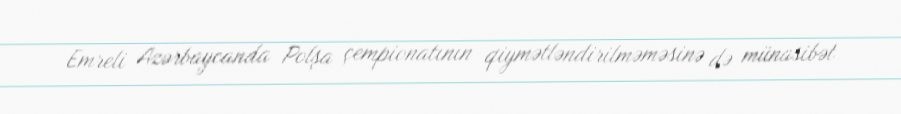
Emreli Azərbaycanda Polşa çempionatının qiymətləndirilməməsinə də münasibət